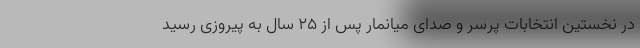
در نخستین انتخابات پرسر و صدای میانمار پس از ۲۵ سال به پیروزی رسید